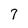
Character: 7